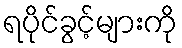
ရပိုင်ခွင့်များကို